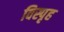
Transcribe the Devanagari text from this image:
विस्पृह